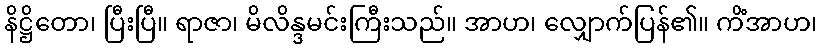
နိဋ္ဌိတော၊ ပြီးပြီ။ ရာဇာ၊ မိလိန္ဒမင်းကြီးသည်။ အာဟ၊ လျှောက်ပြန်၏။ ကိံအာဟ၊